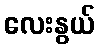
လေးနွယ်